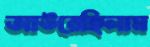
আউরেছিলাম